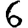
Digit: 6